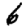
Digit: 6